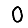
Digit: 0